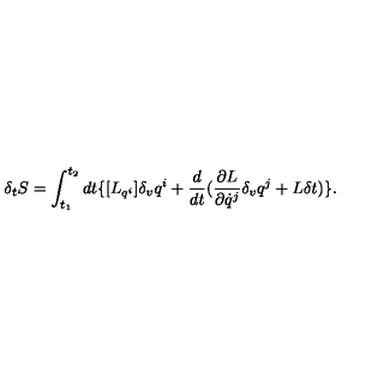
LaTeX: \delta _ { t } { S } = \int _ { t _ { 1 } } ^ { t _ { 2 } } d t \{ [ { L } _ { q ^ { i } } ] \delta _ { v } q ^ { i } + \frac { d } { d t } ( \frac { \partial { L } } { \partial \dot { q } ^ { j } } \delta _ { v } q ^ { j } + { L } \delta t ) \} .